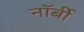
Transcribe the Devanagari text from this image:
नॉर्बी